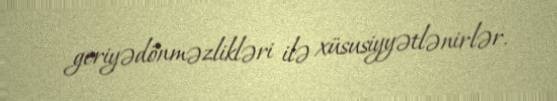
geriyədönməzlikləri ilə xüsusiyyətlənirlər.